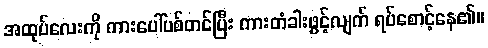
အထုပ်လေးကို ကားပေါ်ပစ်တင်ပြီး ကားတံခါးဖွင့်လျက် ရပ်စောင့်နေ၏။